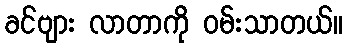
ခင်ဗျား လာတာကို ဝမ်းသာတယ်။